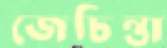
জেচিন্তা